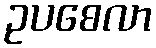
ဥပစေလာ